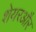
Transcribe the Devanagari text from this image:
शेयरऔर